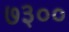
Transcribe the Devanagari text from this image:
७३००